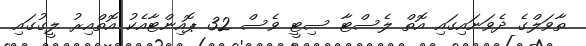
ތާވަލްގެ ދެވަނައިގައި އޮތް ލެސްޓާ ސިޓީ ވެސް 32 ޕޮއިންޓާއެކު އޮތްއިރު ލީގުގައި